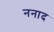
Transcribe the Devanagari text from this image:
ननाद